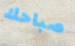
صباحك